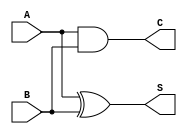
module current_mode_half_adder (
    input wire A,      // Current input A
    input wire B,      // Current input B
    output wire S,     // Current output Sum
    output wire C      // Current output Carry
);

    // Intermediate signals for XOR and AND operations
    wire A_and_B;
    wire A_xor_B;

    // Carry Output: C = A AND B
    assign C = A & B;

    // Sum Output: S = A XOR B
    assign S = A ^ B;

endmodule